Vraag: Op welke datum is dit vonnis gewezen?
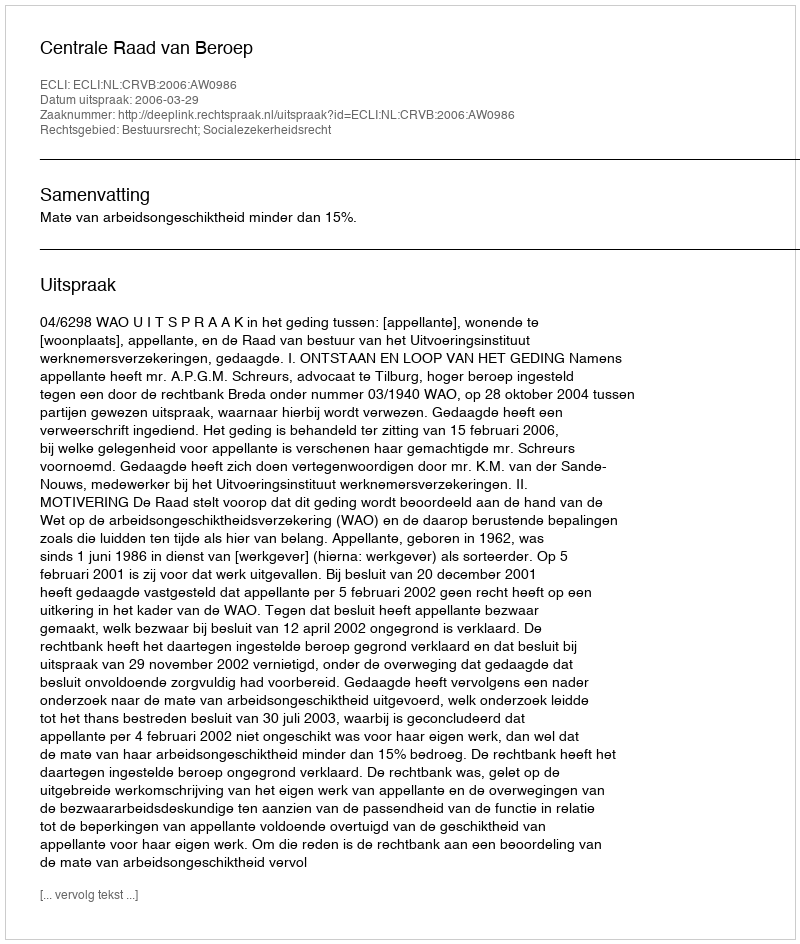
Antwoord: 2006-03-29